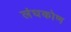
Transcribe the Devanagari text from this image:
लंघकोण